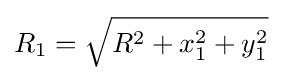
R_{1}={\sqrt {R^{2}+x_{1}^{2}+y_{1}^{2}}}